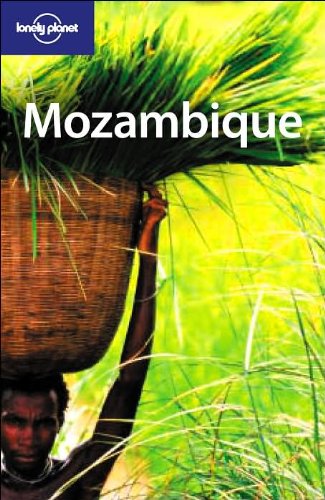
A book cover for Lonely Planet Mozambique (Country Guide); Mary Fitzpatrick; Travel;